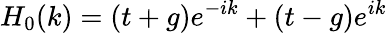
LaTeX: H_{0}(k)=(t+g)e^{-ik}+(t-g)e^{ik}